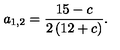
a _ { 1 , 2 } = \frac { 1 5 - c } { 2 \left( 1 2 + c \right) } .